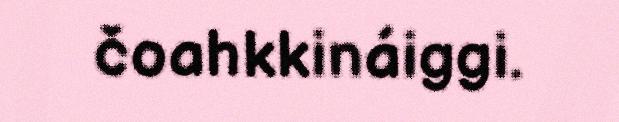
čoahkkináiggi.